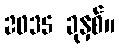
2035 ခုနှစ်။